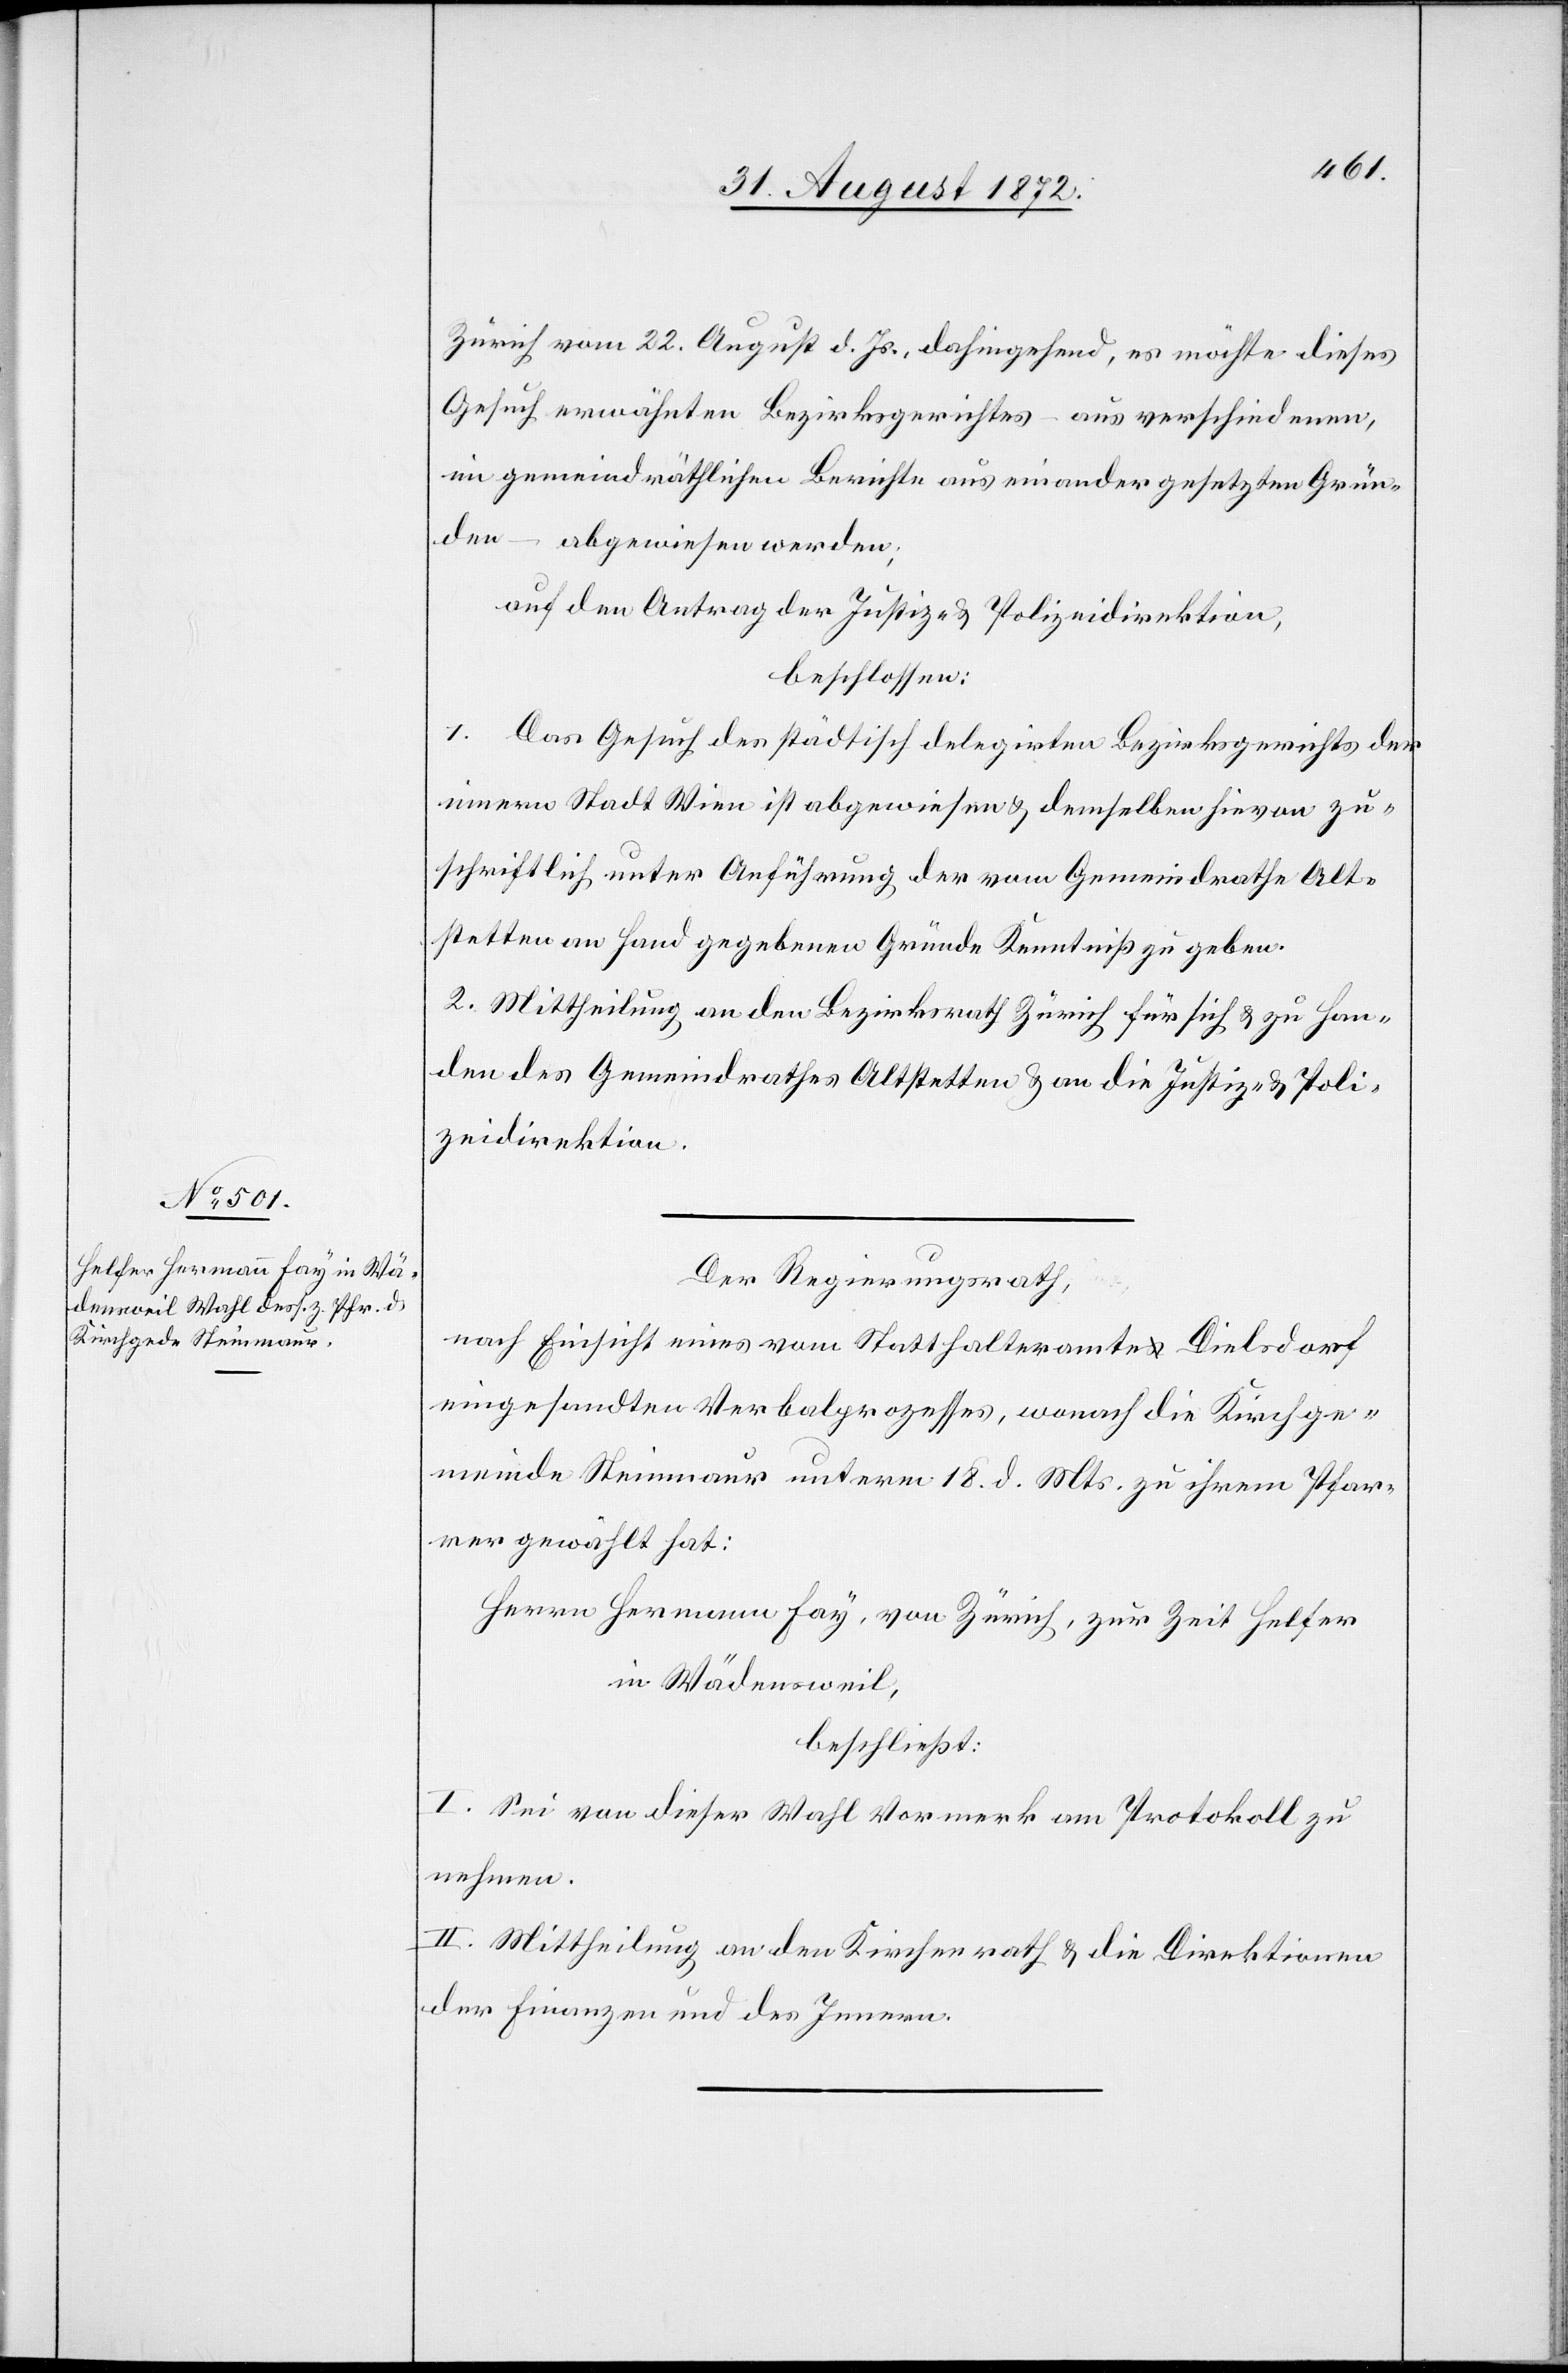
Zürich vom 22. August d. Js., dahingehend, es möchte dieses
Gesuch erwähnten Bezirksgerichtes – aus verschiedenen,
im gemeindräthlichen Berichte auseinander gesetzten Grün¬
den – abgewiesen werden;
auf den Antrag der Justiz- u. Polizeidirektion,
beschlossen:
1. Das Gesuch des städtisch delegirten Bezirksgerichtes der
innern Stadt Wien ist abgewiesen u. demselben hievon zu¬
schriftlich unter Anführung der vom Gemeindrathe Alt¬
stetten an Hand gegebenen Gründe Kenntniß zu geben.
2. Mittheilung an den Bezirksrath Zürich für sich u. zu Han¬
den des Gemeindrathes Altstetten u. an die Justiz- u. Poli¬
zeidirektion.
Der Regierungsrath,
nach Einsicht eines vom Statthalteramte Dielsdorf
eingesandten Verbalprozesses, wonach die Kirchge¬
meinde Steinmaur unterm 18. d. Mts. zu ihrem Pfar¬
rer gewählt hat:
Herrn Hermann Fay, von Zürich, zur Zeit Helfer
in Wädensweil,
beschließt:
I. Sei von dieser Wahl Vormerk am Protokoll zu
nehmen.
II. Mittheilung an den Kirchenrath u. die Direktionen
der Finanzen und des Innern.